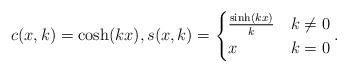
LaTeX: \begin{align*}c(x,k) = \cosh(kx), s(x,k) = \begin{cases} \frac{ \sinh(kx)}{k} & k \neq 0 \\ x & k = 0 \end{cases}.\end{align*}